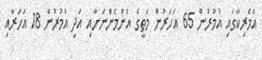
އެމެރިކާގައި އުމުރުން 65 އަހަރުން މަތީގެ އެންމެންނަށާއި އަދި އުމުރުން 18 އަހަރާއި